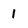
Character: 1